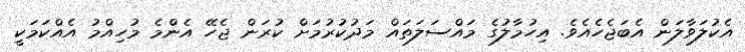
އެކުލަވާލަން އެބަޖެހެއެވެ. އިހުމާލުގެ މައްސަލަތައް މަދުކުރުމަށް ކުރަން ޖެހޭ އެންމެ މުހިއްމު އެއްކަމަކީ